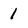
Character: 1